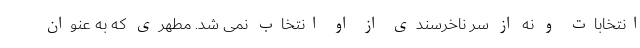
انتخابات و نه از سر ناخرسندی از او انتخاب نمی شد. مطهری که به عنوان